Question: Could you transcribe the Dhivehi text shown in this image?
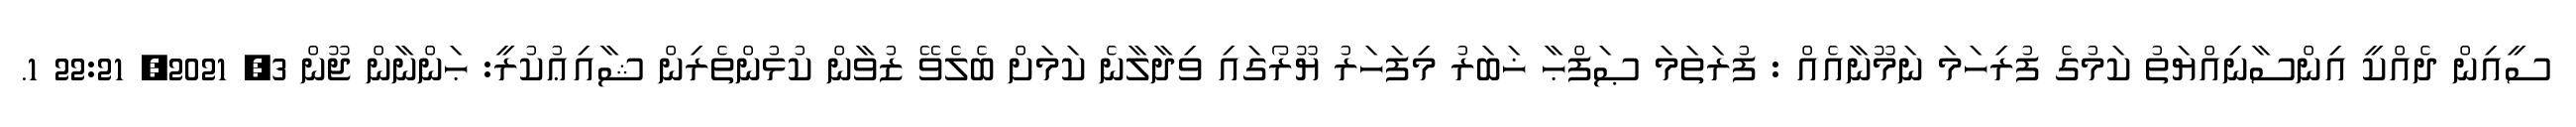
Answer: ސީއިން ދެއްކީ އިންސާނިއްޔަތު ކަމުގެ ފުރިހަމަ ނަމޫނާއެއް : ފުރަތަމަ ޞަފްޙާ ޚަބަރު މިފަހަރު ޔޫރޯގައި ވިދާލާނެ ކަމަށް ބެލެވޭ ޒުވާން ކުޅުންތެރިން ޝާއިޢުކުރީ: ޙަންނާން ޖޫން 3, 2021, 22:21 1.